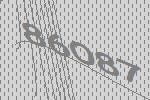
86087